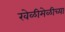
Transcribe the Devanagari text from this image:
खेळीमेळीच्या